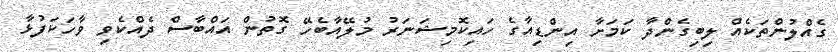
ގެއްލުންތަކެއް ލިބިގެންދާ ކަމަށާ އިންޑިއާގެ ހައިކޮމިޝަނަރު މުލޭއާބެހޭ ގޮތުން އައްބާސް ދެއްކެވި ވާހަކަފުޅާ